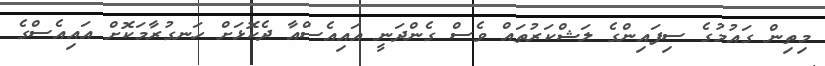
މިތިން ގައުމުގެ ސިފައިންގެ ލަޝްކަރުތައް ވެސް ގެންދަނީ އައިއެސްއާ ދެކޮޅަށް ހަނގުރާމަކޮށް އައިއެސްގެ